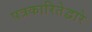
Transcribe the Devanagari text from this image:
पत्रकारितेद्वारे